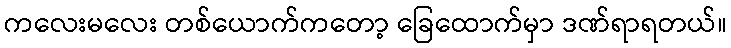
ကလေးမလေး တစ်ယောက်ကတော့ ခြေထောက်မှာ ဒဏ်ရာရတယ်။